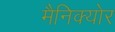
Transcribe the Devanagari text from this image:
मैनिक्‍योर